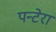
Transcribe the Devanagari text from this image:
पन्टेरा